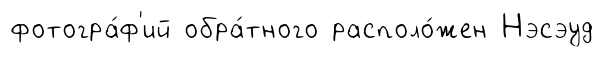
фотогра́ф'ий обра́тного располо́жен Нэсэуд